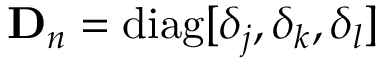
\mathbf { D } _ { n } = \mathrm { d i a g } [ \delta _ { j } , \delta _ { k } , \delta _ { l } ]